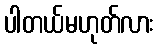
ပါတယ်မဟုတ်လား